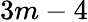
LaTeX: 3m-4